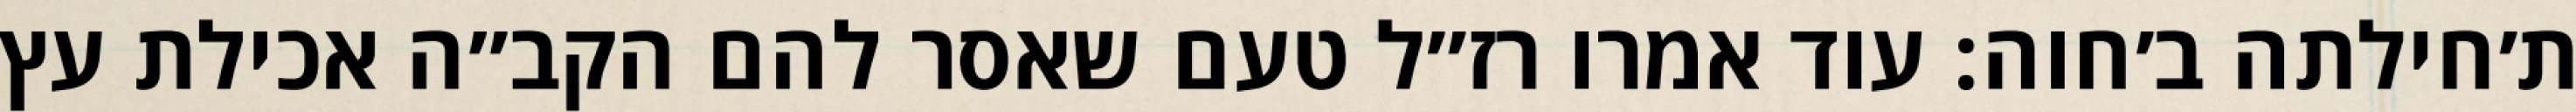
ת׳חילתה ב׳חוה: עוד אמרו רז״ל טעם שאסר להם הקב״ה אכילת עץ